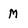
Character: M